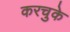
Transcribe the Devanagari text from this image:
करचुके